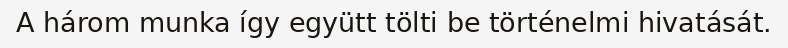
A három munka így együtt tölti be történelmi hivatását.